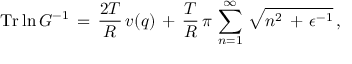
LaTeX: \mathrm { T r } \ln G ^ { - 1 } \, = \, \frac { 2 T } { R } \, v ( q ) \, + \, \frac { T } { R } \, \pi \, \sum _ { n = 1 } ^ { \infty } \, \sqrt { n ^ { 2 } \, + \, \epsilon ^ { - 1 } } \, { , }